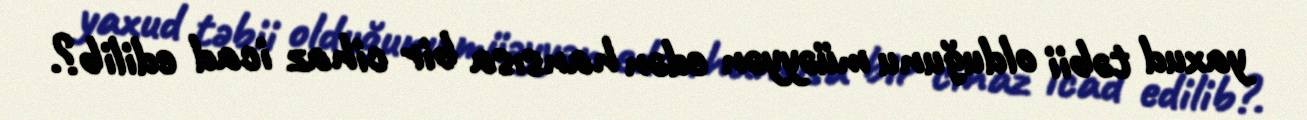
yaxud təbii olduğunu müəyyən edən hansısa bir cihaz icad edilib?.